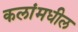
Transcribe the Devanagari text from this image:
कलांमधील